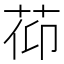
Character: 𦯒